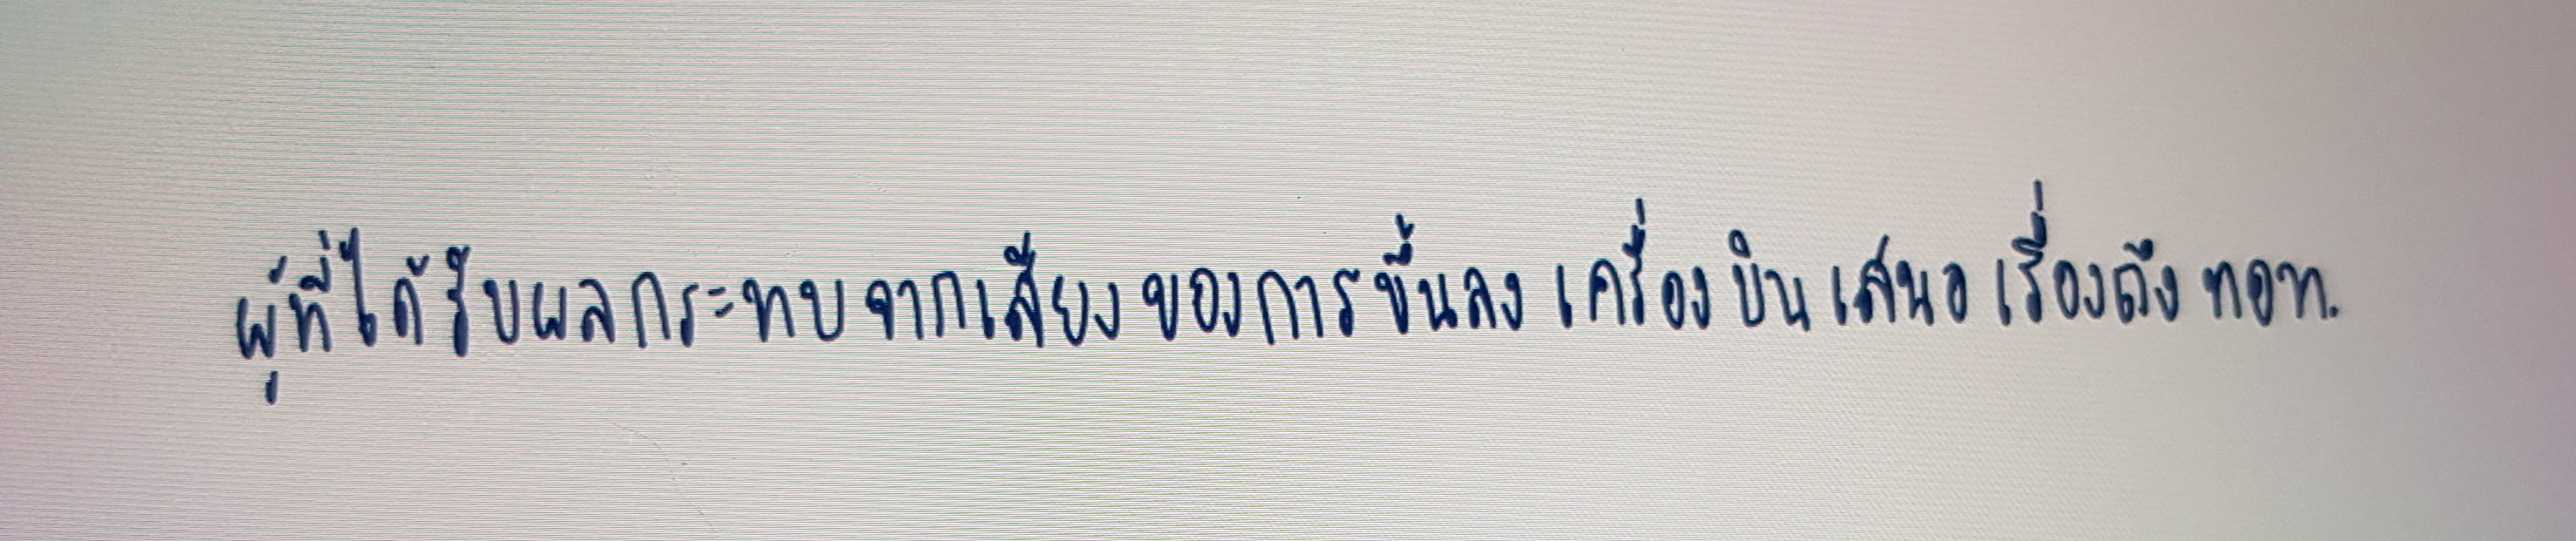
ผู้ที่ได้รับผลกระทบจากเสียงของการขึ้นลงเครื่องบินเสนอเรื่องถึงทอท.